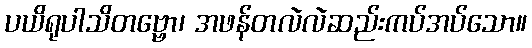
ပယိရုပါသိတဗ္ဗော၊ အဖန်တလဲလဲဆည်းကပ်အပ်သော။